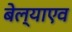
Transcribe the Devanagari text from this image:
बेल्याएव